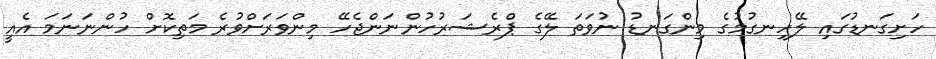
ހަށިގަނޑުގައި ލޭހިނގުމުގެ މިންގަނޑު ނުވަތަ ލޭގެ ޕްރެޝަރުހުންނަންޖެހޭ މިންވަރަށްވުރެ މަތިކޮށް ހުންނަނަމަ އެއީ